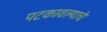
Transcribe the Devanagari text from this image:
पटकावल्याचे